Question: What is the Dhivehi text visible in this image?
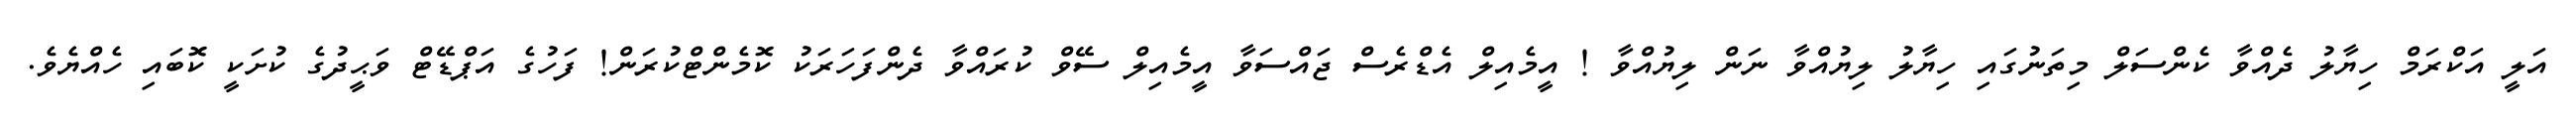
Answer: އަލީ އަކްރަމް ހިޔާލު ދެއްވާ ކެންސަލް މިތަނުގައި ހިޔާލު ލިޔުއްވާ ނަން ލިޔުއްވާ ! އީމެއިލް އެޑްރެސް ޖައްސަވާ އީމެއިލް ސޭވް ކުރައްވާ ދެންފަހަރަކު ކޮމެންޓްކުރަން! ފަހުގެ އަޕްޑޭޓް ވަޙީދުގެ ކުށަކީ ކޮބައި ހެއްޔެވެ.